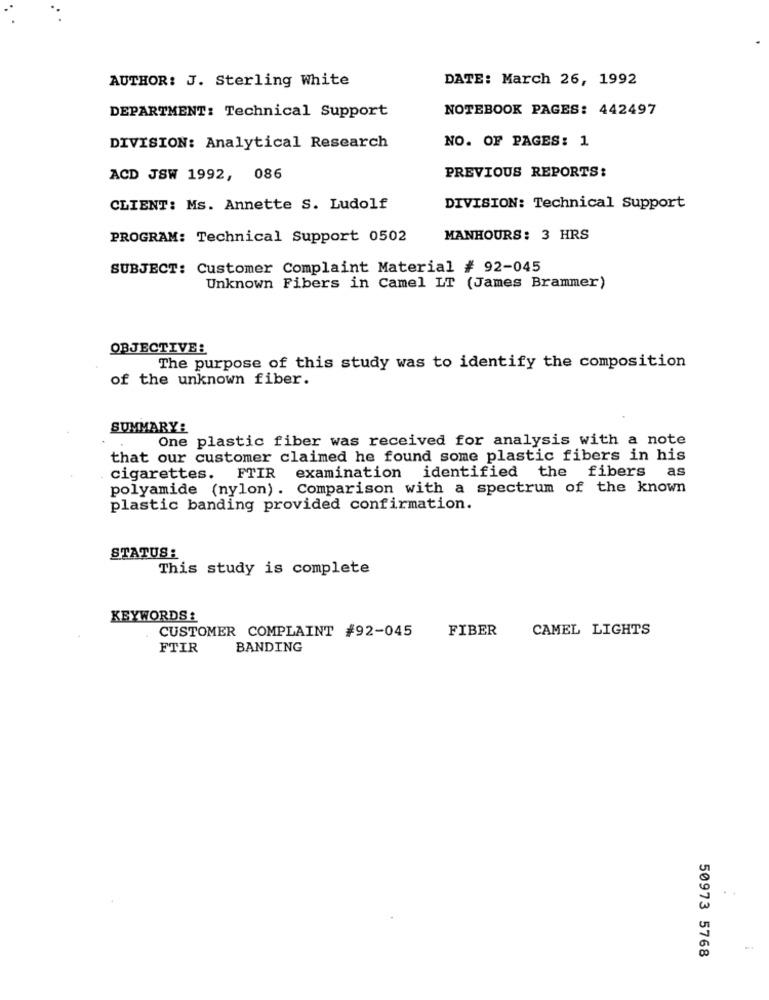
AUTHOR: J. Sterling White
DATE: March 26, 1992
NOTEBOOK PAGES: 442497
DEPARTMENT: Technical Support
NO. OF PAGES: 1
DIVISION: Analytical Research
PREVIOUS REPORTS:
ACD JSW 1992, 086
CLIENT: Ms. Annette S. Ludolf
DIVISION: Technical Support
PROGRAM: Technical Support 0502
MANHOURS: 3 HRS
SUBJECT: Customer Complaint Material # 92-045
Unknown Fibers in Camel LT (James Brammer)
OBJECTIVE:
The purpose of this study was to identify the composition
of the unknown fiber.
SUMMARY:
One plastic fiber was received for analysis with a note
that our customer claimed he found some plastic fibers in his
cigarettes. FTIR examination identified the fibers as
polyamide (nylon). Comparison with a spectrum of the known
plastic banding provided confirmation.
STATUS :
This study is complete
KEYWORDS:
CUSTOMER COMPLAINT #92-045
FIBER
CAMEL LIGHTS
FTIR
BANDING
50973 5768